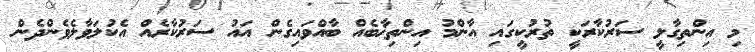
މި އިންތިގާލީ ސަރުކާރަކީ ތުރުކީގައި އާންމު އިންތިޚާބެއް ބާއްވައިގެން އައު ސަރުކާރެއް އެކުލަވާލެވެންދެން